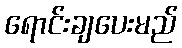
ရောင်းချပေးမည်